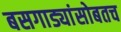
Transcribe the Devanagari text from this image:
बसगाड्यांसोबतच